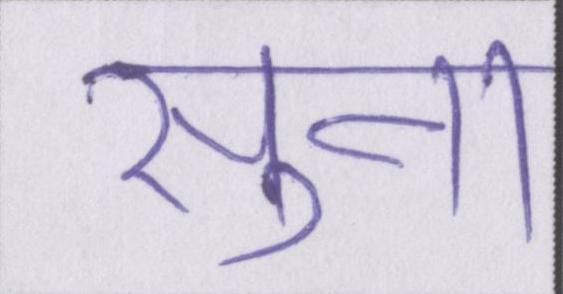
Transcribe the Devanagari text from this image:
सुना